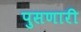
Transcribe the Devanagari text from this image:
पुसणारी